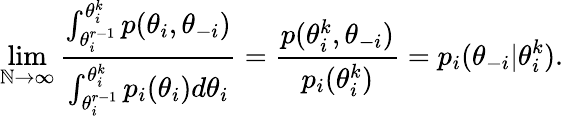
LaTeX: \operatorname*{lim}_{\mathbb{N}\to\infty}\frac{{\int_{\theta_{i}^{r-1}}^{\theta_{i}^{k}}p(\theta_{i},\theta_{-i})}}{{\int_{\theta_{i}^{r-1}}^{\theta_{i}^{k}}p_{i}(\theta_{i})d\theta_{i}}}=\frac{{p(\theta_{i}^{k},\theta_{-i})}}{{p_{i}(\theta_{i}^{k})}}=p_{i}(\theta_{-i}|\theta_{i}^{k}).